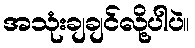
အသုံးချချင်လို့ပါပဲ။